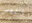
الشخص